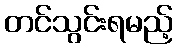
တင်သွင်းရမည့်